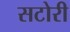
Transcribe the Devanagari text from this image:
सटोरी